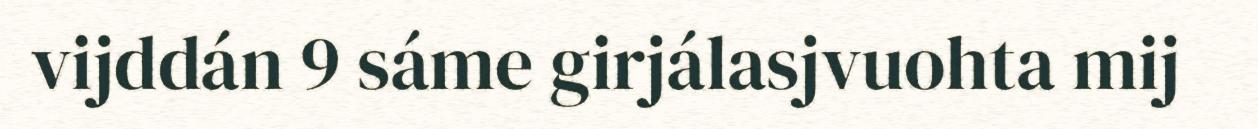
vijddán 9 sáme girjálasjvuohta mij